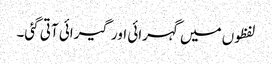
لفظوں میں گہرائی اور گیرائی آتی گئی۔